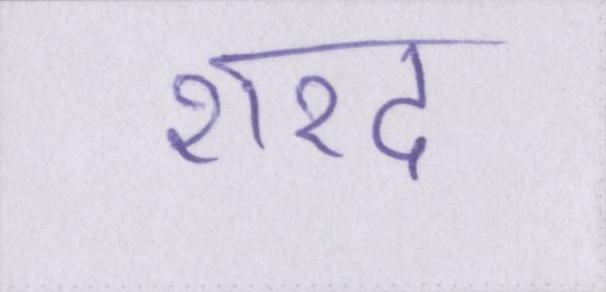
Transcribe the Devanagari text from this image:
शरद